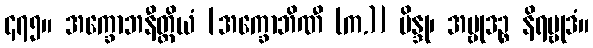
၄၇၅။ အက္ခောဘနီတ္ထိယံ [အက္ခောဘိဏီ (က.)] ဗိန္ဒု၊ အဗ္ဗုဒဉ္စ နိရဗ္ဗုဒံ။